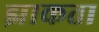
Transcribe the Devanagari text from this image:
झाकता